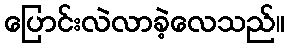
ပြောင်းလဲလာခဲ့လေသည်။